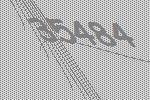
35484